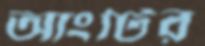
আংটির